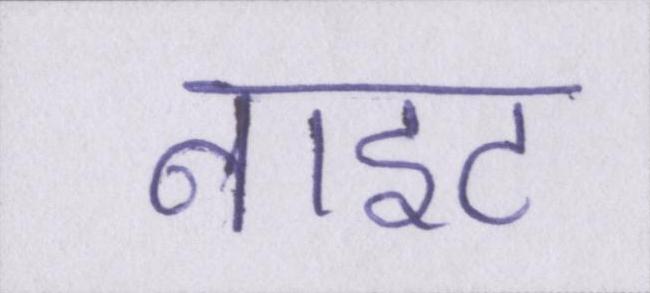
नाइट